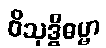
ဝိသုဒ္ဓိဓမ္မာ